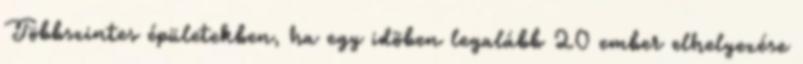
Többszintes épületekben, ha egy idõben legalább 20 ember elhelyezése